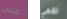
علي تقعي